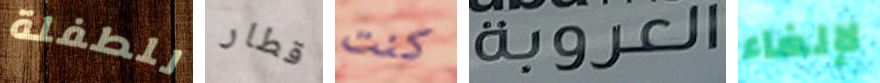
للطفلة قطار كنت العروبة لإلغاء